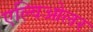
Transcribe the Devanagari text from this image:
एल्विओलर